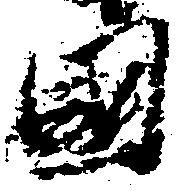
国